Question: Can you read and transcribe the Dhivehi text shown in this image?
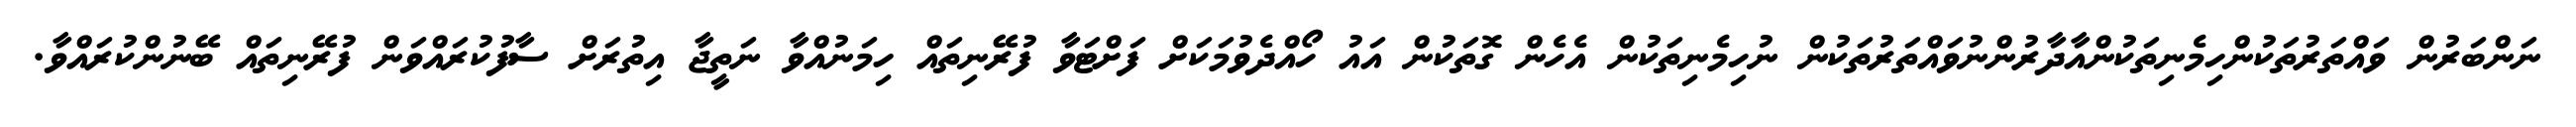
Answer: ނަންބަރުން ވައްތަރުތަކުންހިމެނިތަކުންއާދާރުންނުވައްތަރުތަކުން ނުހިމެނިތަކުން އެހެން ގޮތަކުން އައު ހޯއްދެވުމަކަށް ފަށްޓަވާ ފުރޭނިތައް ހިމަނުއްވާ ނަތީޖާ އިތުރަށް ސާފުކުރައްވަން ފުރޭނިތައް ބޭނުންކުރައްވާ.